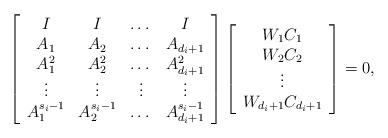
LaTeX: \begin{align*}\left[ \begin{array}{cccc} I & I & \dots & I\\A_1 & A_2 & \dots & A_{d_i+1}\\A_1^2 & A_2^2 & \dots & A_{d_i+1}^2\\\vdots & \vdots & \vdots & \vdots\\A_1^{s_i-1} & A_2^{s_i-1} & \dots & A_{d_i+1}^{s_i-1} \end{array} \right]\left[ \begin{array}{c} W_1C_1\\W_2C_2\\\vdots \\W_{d_i+1}C_{d_i+1} \end{array} \right]=0,\end{align*}